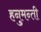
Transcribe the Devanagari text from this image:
हनुमन्ती